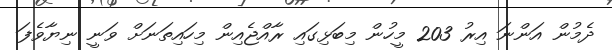
ދެމުން އަންނަ އިރު 203 މީހުން މިބަޅިގައި ރާއްޖެއިން މިހައިތަނަށް ވަނީ ނިޔާވެފަ